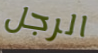
الرجل